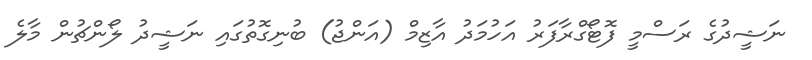
ނަޝީދުގެ ރަސްމީ ފޮޓޯގްރާފަރު އަހުމަދު އާޒިމް (އަންޖު) ބުނިގޮތުގައި ނަޝީދު ލޯންޗުން މާލެ